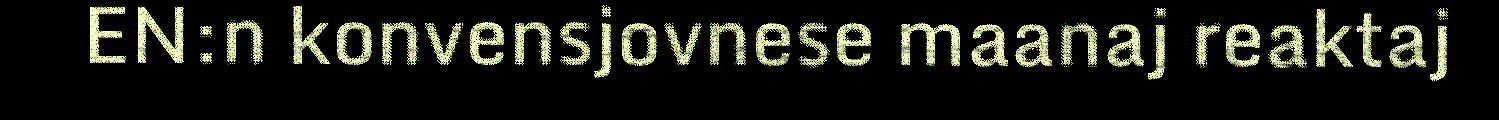
EN:n konvensjovnese maanaj reaktaj